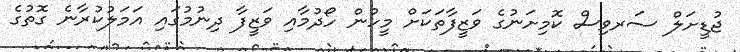
ޖުޑީށަލް ސަރވިސް ކޮމިށަނުގެ ވަޒީފާތަކަށް މީހުން ހޯދުމާއި ވަޒީފާ ދިނުމުގައި އަމަލުކުރާނެ ގޮތުގެ